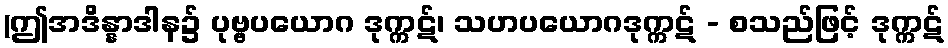
(ဤအဒိန္နာဒါန၌ ပုဗ္ဗပယောဂ ဒုက္ကဋ်၊ သဟပယောဂဒုက္ကဋ် - စသည်ဖြင့် ဒုက္ကဋ်